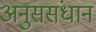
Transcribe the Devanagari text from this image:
अनुससंधान